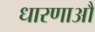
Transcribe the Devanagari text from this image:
धारणाऔ